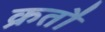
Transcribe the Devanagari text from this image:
क्रतौ